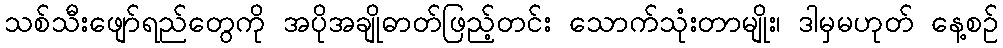
သစ်သီးဖျော်ရည်တွေကို အပိုအချိုဓာတ်ဖြည့်တင်း သောက်သုံးတာမျိုး၊ ဒါမှမဟုတ် နေ့စဉ်